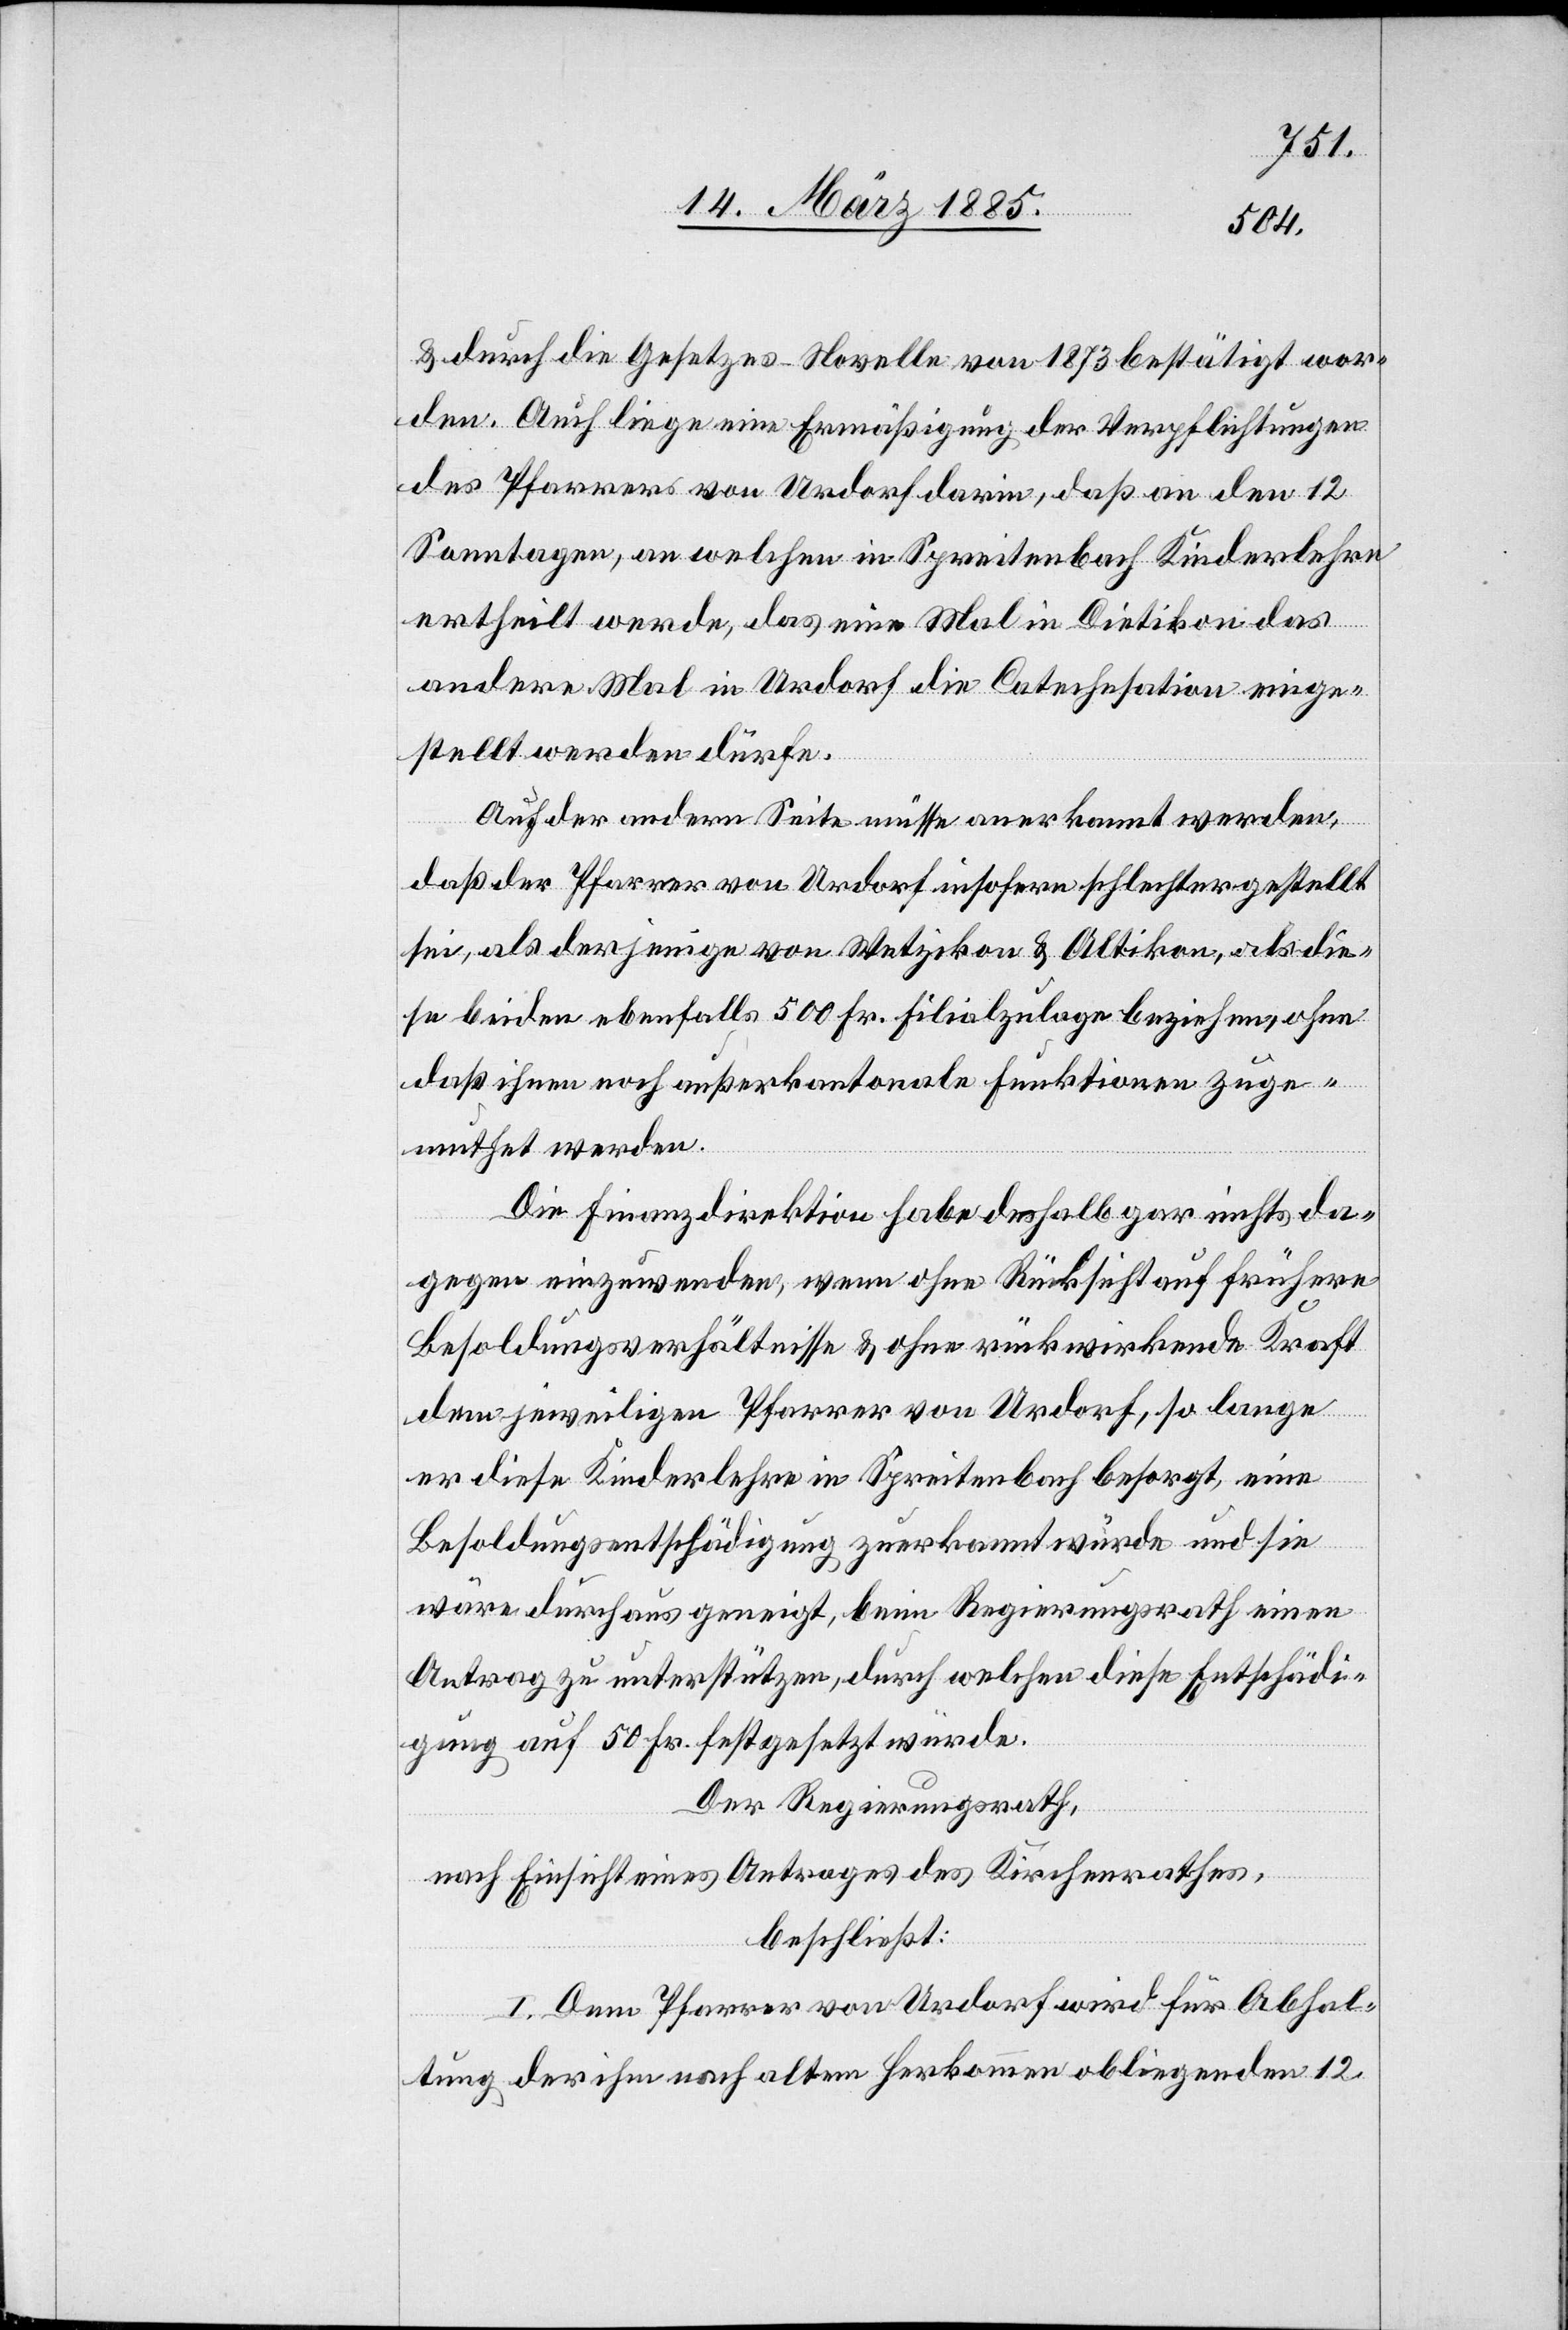
& durch die Gesetzes-Novelle von 1873 bestätigt wor¬
den. Auch liege eine Ermäßigung der Verpflichtungen
des Pfarrers von Urdorf darin, daß an den 12
Sonntagen, an welchen in Spreitenbach Kinderlehre
ertheilt werde, das eine Mal in Dietikon[,] das
andere Mal in Urdorf die Catechesation einge¬
stellt werden dürfe.
Auf der andern Seite müsse anerkannt werden,
das der Pfarrer von Urdorf insofern schlechtergestellt
sei, als derjenige von Wetzikon & Altikon, als die¬
se beiden ebenfalls 500 Fr. Filialszulage beziehen, ohne
daß ihnen noch außerkantonale Funktionen zuge¬
muthet werden.
Die Finanzdirektion habe deshalb gar nichts da¬
gegen einzuwenden, wenn ohne Rücksicht auf frühere
Besoldungsverhältnisse & ohne rückwirkende Kraft
dem jeweiligen Pfarrer von Urdorf, so lange
er diese Kinderlehre in Spreitenbach besorgt, eine
Besoldungsentschädigung zuerkannt würde und sie
wäre durchaus geneigt, beim Regierungsrath einen
Antrag zu unterstützten, durch welchen diese Entschädi¬
gung auf 50 Fr. festgesetzt würde.
Der Regierungsrath,
nach Einsicht eines Antrages des Kirchenrathes,
beschließt:
I. Dem Pfarrer von Urdorf wird für Abhal¬
tung der ihm nach altem Herkommen obliegenden 12